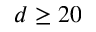
d \geq 2 0